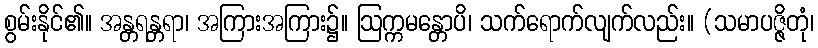
စွမ်းနိုင်၏။ အန္တရန္တရာ၊ အကြားအကြား၌။ ဩက္ကမန္တောပိ၊ သက်ရောက်လျက်လည်း။ (သမာပဇ္ဇိတုံ၊